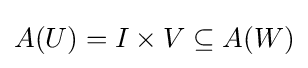
A(U)=I\times V\subseteq A(W)